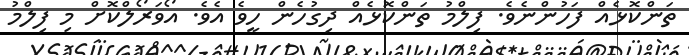
ތަންކޮޅެއް ފަހުންނެވެ. ފިލްމު ތަންކޮޅެއް ދިގުހެން ހީވެ އެވެ. އޯވަރޯލްކޮށް މި ފިލްމު